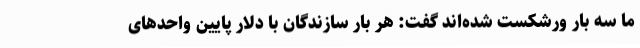
ما سه بار ورشکست شده‌اند گفت: هر بار سازندگان با دلار پایین واحدهای